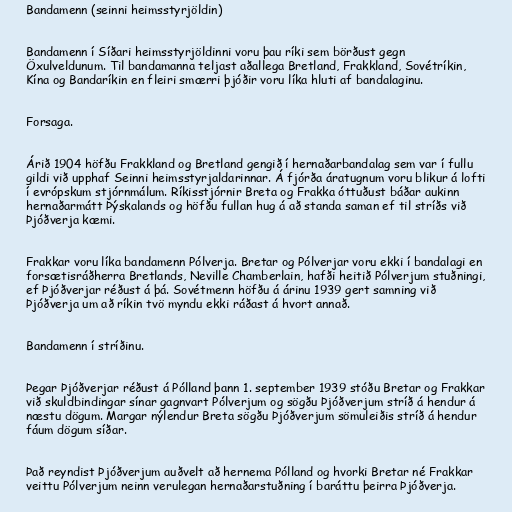
Bandamenn (seinni heimsstyrjöldin)

Bandamenn í Síðari heimsstyrjöldinni voru þau ríki sem börðust gegn
Öxulveldunum. Til bandamanna teljast aðallega Bretland, Frakkland, Sovétríkin,
Kína og Bandaríkin en fleiri smærri þjóðir voru líka hluti af bandalaginu.

Forsaga.

Árið 1904 höfðu Frakkland og Bretland gengið í hernaðarbandalag sem var í fullu
gildi við upphaf Seinni heimsstyrjaldarinnar. Á fjórða áratugnum voru blikur á lofti
í evrópskum stjórnmálum. Ríkisstjórnir Breta og Frakka óttuðust báðar aukinn
hernaðarmátt Þýskalands og höfðu fullan hug á að standa saman ef til stríðs við
Þjóðverja kæmi.

Frakkar voru líka bandamenn Pólverja. Bretar og Pólverjar voru ekki í bandalagi en
forsætisráðherra Bretlands, Neville Chamberlain, hafði heitið Pólverjum stuðningi,
ef Þjóðverjar réðust á þá. Sovétmenn höfðu á árinu 1939 gert samning við
Þjóðverja um að ríkin tvö myndu ekki ráðast á hvort annað.

Bandamenn í stríðinu.

Þegar Þjóðverjar réðust á Pólland þann 1. september 1939 stóðu Bretar og Frakkar
við skuldbindingar sínar gagnvart Pólverjum og sögðu Þjóðverjum stríð á hendur á
næstu dögum. Margar nýlendur Breta sögðu Þjóðverjum sömuleiðis stríð á hendur
fáum dögum síðar.

Það reyndist Þjóðverjum auðvelt að hernema Pólland og hvorki Bretar né Frakkar
veittu Pólverjum neinn verulegan hernaðarstuðning í baráttu þeirra Þjóðverja.